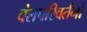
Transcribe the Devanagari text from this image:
वंशपरिवर्तनों